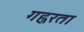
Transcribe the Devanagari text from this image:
गह्वरता